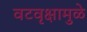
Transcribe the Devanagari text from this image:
वटवृक्षामुळे